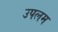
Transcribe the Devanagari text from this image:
उपलम